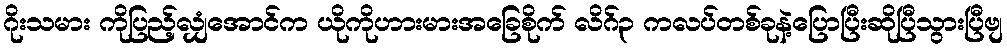
ဂိုးသမား ကိုပြည့်လျှံအောင်က ယိုကိုဟားမားအခြေစိုက် လိဂ်၃ ကလပ်တစ်ခုနဲ့ပြောပြီးဆိုပြီသွားပြီဗျ